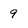
Character: 9